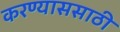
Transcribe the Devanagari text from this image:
करण्याससाठी